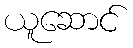
ယူဆောင်